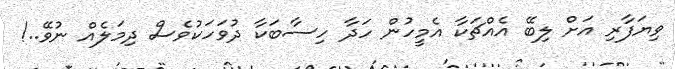
ވިޔަފާރި އަށް ލިބޭ އެއްޗަކާ އެމީހުން ހަދާ ހިސާބަކާ ދުވަހަކުވެސް ދިމަލެއް ނުވޭ..!